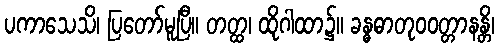
ပကာသေသိ၊ ပြတော်မူပြီ။ တတ္ထ၊ ထိုဂါထာ၌။ ခန္ဓဓာတုဝဝတ္တာနန္တိ၊